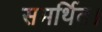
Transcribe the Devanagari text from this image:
समर्थित।